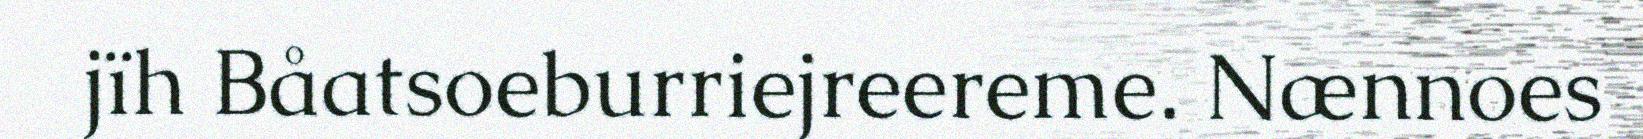
jïh Båatsoeburriejreereme. Nænnoes